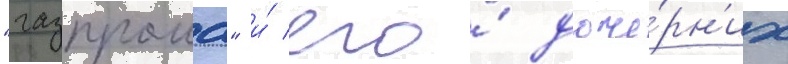
"газпрома" и́ его́ доче́рн'их